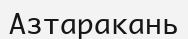
Азтаракань